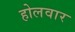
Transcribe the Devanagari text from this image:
होलवार